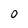
Character: 0